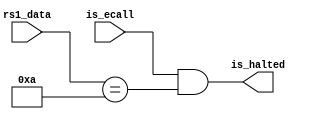
module HaltDetector(
    input is_ecall,
    input [31:0] rs1_data,
    output reg is_halted
    );

    always @(*) begin
        is_halted = is_ecall && (rs1_data == 10);
    end

endmodule